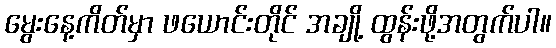
မွေးနေ့ကိတ်မှာ ဖယောင်းတိုင် အချို့ ထွန်းဖို့အတွက်ပါ။